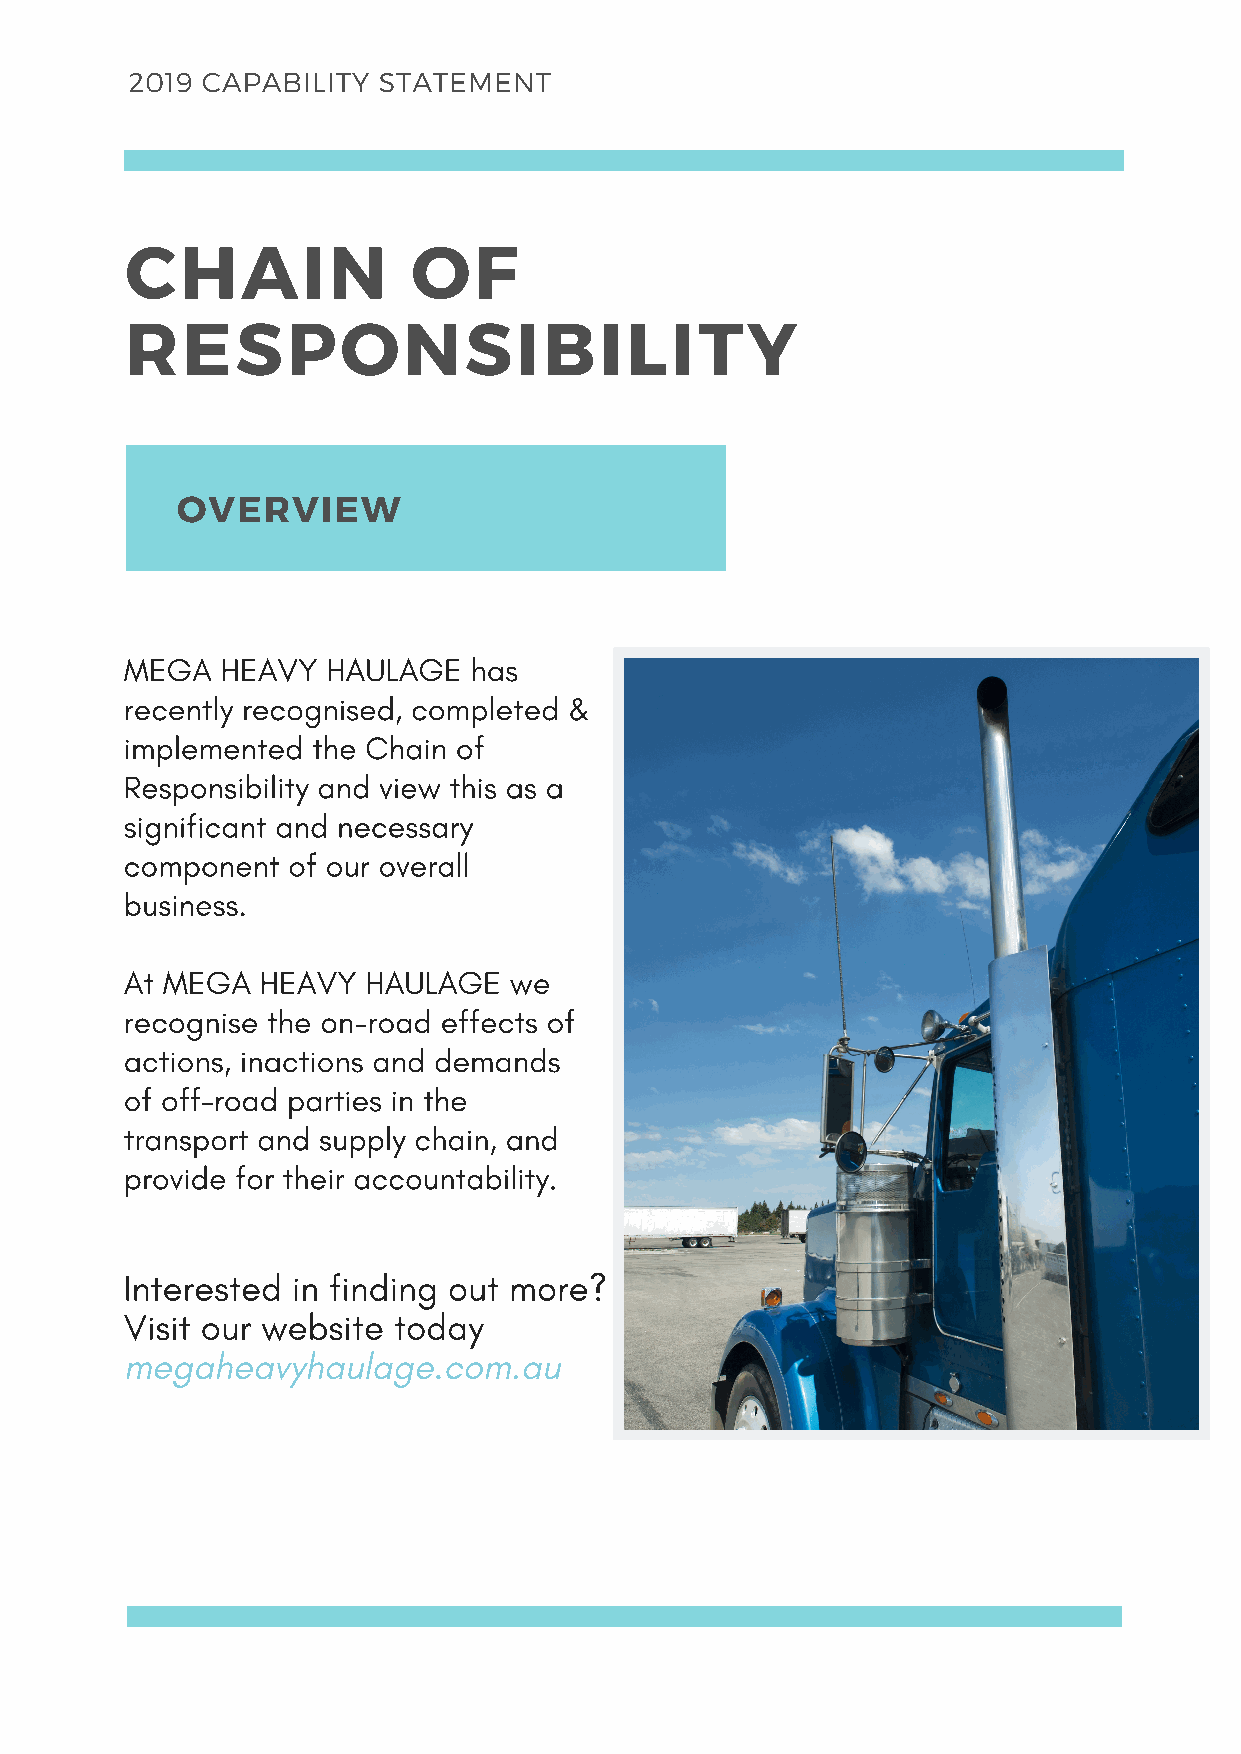
2019 CAPABILITY  STATEMENT
 CHAIN              OF
 RESPONSIBILITY
 OVERVIEW
 MEGA   HEAVY  HAULAGE  has
 recently recognised, completed &
 implemented  the Chain of
 Responsibility and view this as a
 significant and necessary
 component  of our overall
 business.
 At MEGA  HEAVY  HAULAGE   we
 recognise the on-road effects of
 actions, inactions and demands
 of off-road parties in the
 transport and supply chain, and
 provide for their accountability.
 Interested in finding out more?
 Visit our website today
 megaheavyhaulage.com.au